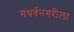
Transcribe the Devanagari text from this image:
गंधर्वनगरीला